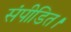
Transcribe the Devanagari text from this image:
संपीडित।